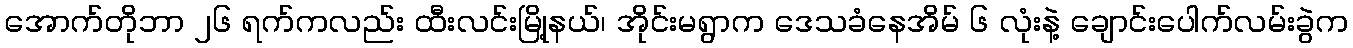
အောက်တိုဘာ ၂၆ ရက်ကလည်း ထီးလင်းမြို့နယ်၊ အိုင်းမရွာက ဒေသခံနေအိမ် ၆ လုံးနဲ့ ချောင်းပေါက်လမ်းခွဲက